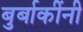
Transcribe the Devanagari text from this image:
बुर्बाकींनी